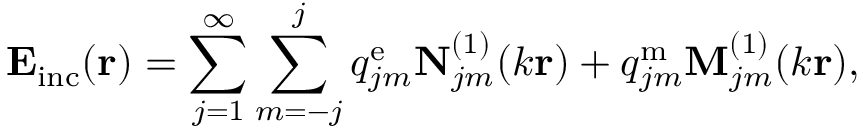
\mathbf { E } _ { \mathrm { i n c } } ( \mathbf { r } ) = \sum _ { j = 1 } ^ { \infty } \sum _ { m = - j } ^ { j } q _ { j m } ^ { \mathrm { e } } \mathbf { N } _ { j m } ^ { ( 1 ) } ( k \mathbf { r } ) + q _ { j m } ^ { \mathrm { m } } \mathbf { M } _ { j m } ^ { ( 1 ) } ( k \mathbf { r } ) ,